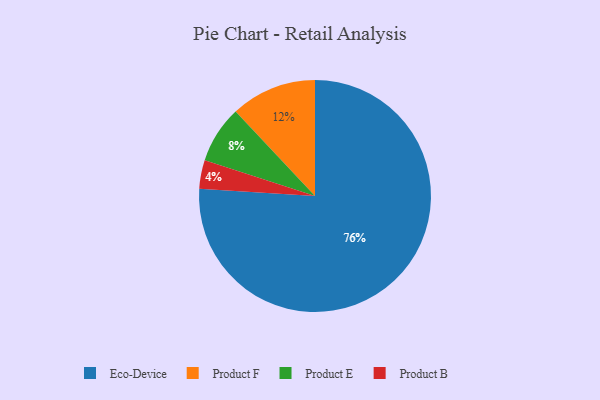
{"axis": {"x": "Category", "y": "Percentage"}, "legend": ["Eco-Device", "Product B", "Product E", "Product F"], "data": [{"x": "Product E", "y": 8, "type": "Product E"}, {"x": "Eco-Device", "y": 76, "type": "Eco-Device"}, {"x": "Product B", "y": 4, "type": "Product B"}, {"x": "Product F", "y": 12, "type": "Product F"}]}